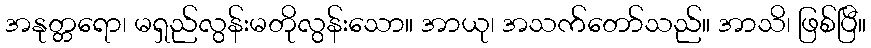
အနုတ္တရော၊ မရှည်လွန်းမတိုလွန်းသော။ အာယု၊ အသက်တော်သည်။ အာသိ၊ ဖြစ်ပြီ။